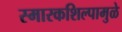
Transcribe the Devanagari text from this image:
स्मारकशिल्पामुळे